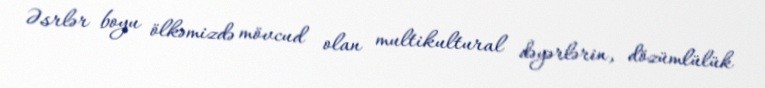
Əsrlər boyu ölkəmizdə mövcud olan multikultural dəyərlərin, dözümlülük